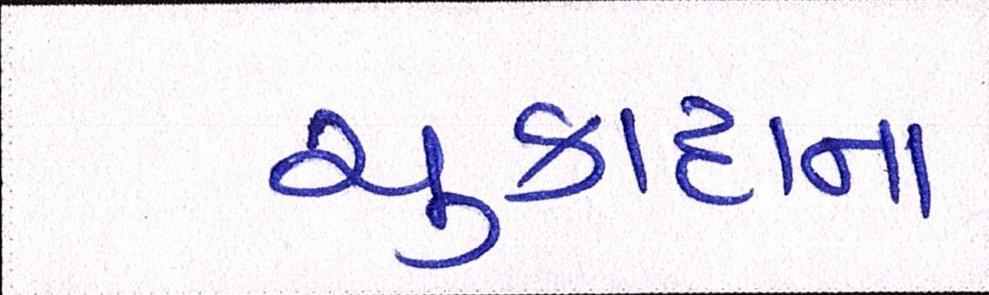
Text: ચુકાદાના